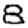
Digit: 8